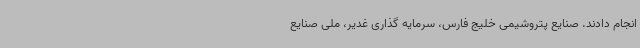
انجام دادند. صنایع پتروشیمی خلیج فارس، سرمایه‌ گذاری غدیر، ملی صنایع